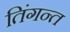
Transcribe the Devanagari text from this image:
तिंगन्त